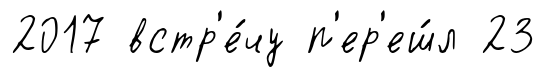
2017 встр'е́чу п'ер'еш́л 23